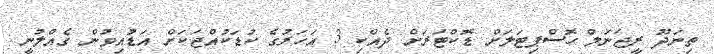
ތިނަދޫ ރީޖަނަލް ހޮސްޕިޓަލަށް ޑޮކްޓަރަށް ދެއްކި 3 އަހަރުގެ ކުޑަކުއްޖަކަށް އަޑުއިވުން ގެއްލުނީ